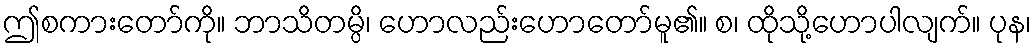
ဤစကားတော်ကို။ ဘာသိတမ္ပိ၊ ဟောလည်းဟောတော်မူ၏။ စ၊ ထိုသို့ဟောပါလျက်။ ပုန၊